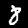
Digit: 8